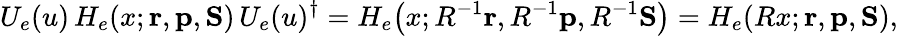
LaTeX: U_{e}(u)\, H_{e}(x;{\mathbf{r}},{\mathbf{p}},{\mathbf{S}})\, U_{e}(u)^{\dagger}=H_{e}\bigl(x;R^{-1}{\mathbf{r}},R^{-1}{\mathbf{p}},R^{-1}{\mathbf{S}}\bigr)=H_{e}(Rx;{\mathbf{r}},{\mathbf{p}},{\mathbf{S}}),